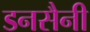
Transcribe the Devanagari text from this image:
डनसैनी